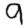
Digit: 9